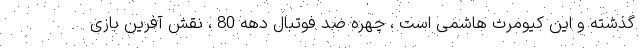
گذشته و این کیومرث هاشمی است ، چهره ضد فوتبال دهه 80 ، نقش آفرین بازی